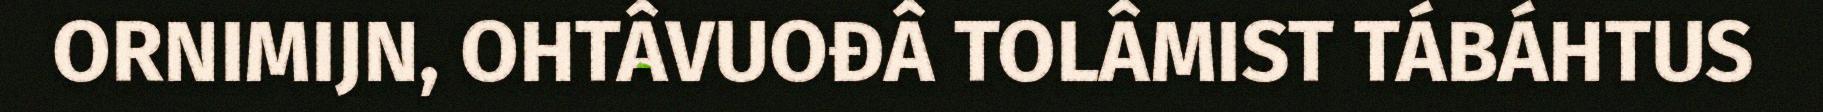
ORNIMIJN, OHTÂVUOĐÂ TOLÂMIST TÁBÁHTUS